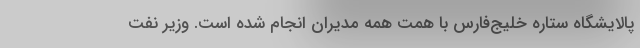
پالایشگاه ستاره خلیج‌فارس با همت همه مدیران انجام شده است. وزیر نفت